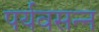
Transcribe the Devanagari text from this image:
पर्यवसन्न